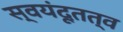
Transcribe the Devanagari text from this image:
स्वयंदूतत्व